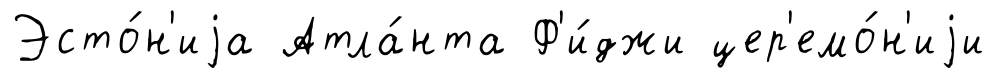
Эсто́н'иjа Атла́нта Ф'и́джи цер'емо́н'иjи